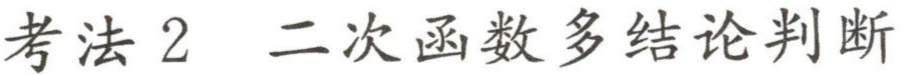
考法 2  二次函数多结论判断